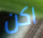
اكن